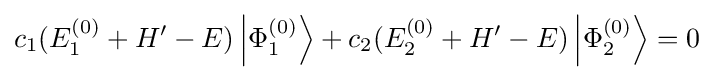
{{c}_{1}}(E_{1}^{(0)}+H'-E)\left|\Phi _{1}^{(0)}\right\rangle +{{c}_{2}}(E_{2}^{(0)}+H'-E)\left|\Phi _{2}^{(0)}\right\rangle =0